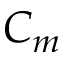
C _ { m }